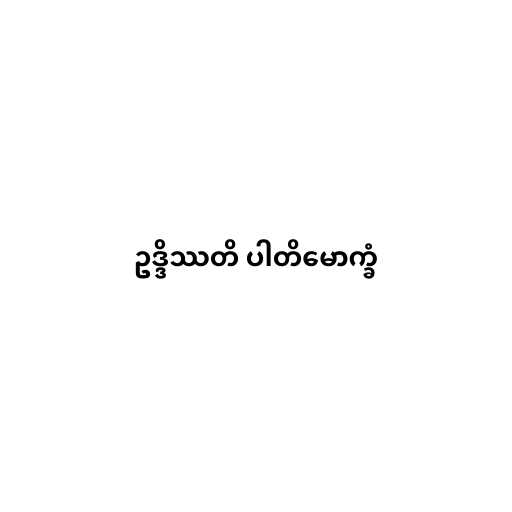
ဥဒ္ဒိဿတိ ပါတိမောက္ခံ